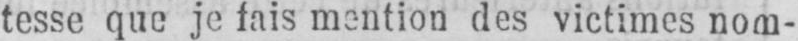
tesse que je fais mention des victimes nom-